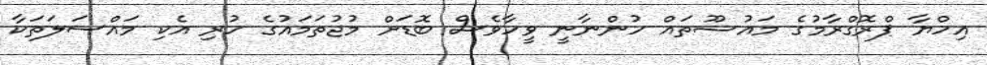
އިހްޔާ ޕްރޮގްރާމުގެ މައުޟޫތައް ހުންނާނީ ވީހާވެސް ބޮޑަށް މުޖުތަމައުގެ ހުރި އެކި މައްސަލަތަކާ